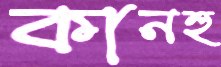
কানহু